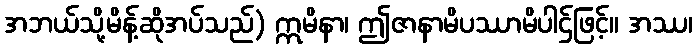
အဘယ်သို့မိန့်ဆိုအပ်သည်) ဣမိနာ၊ ဤဇာနာမိပဿာမိပါဌ်ဖြင့်။ အဿ၊